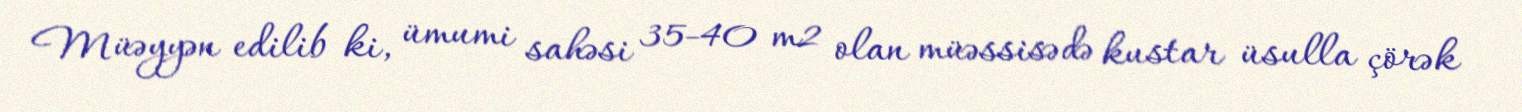
Müəyyən edilib ki, ümumi sahəsi 35-40 m2 olan müəssisədə kustar üsulla çörək